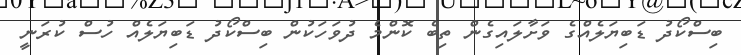
ބިސްކޯދު ޑަބިޔަލެއްގެ ވަށާލައިގެން ތިބެ ކޮންމެ ދުވަހަކުން ބިސްކޯދު ޑަބިޔަލެއް ހުސް ކުރަނީ